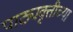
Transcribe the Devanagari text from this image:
पाठ्यवृत्तीच्या